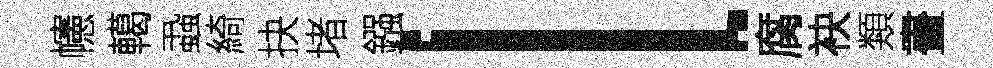
幰轕蝨綺抉堵鏹l腐袂類畫